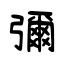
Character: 彌